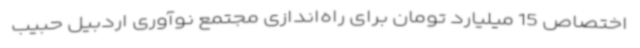
اختصاص 15 میلیارد تومان برای راه‌اندازی مجتمع نوآوری اردبیل حبیب